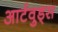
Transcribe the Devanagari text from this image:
आर्टवुड्स